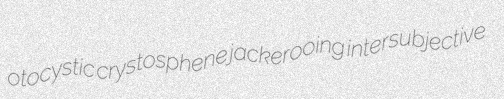
otocystic crystosphene jackerooing intersubjective